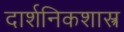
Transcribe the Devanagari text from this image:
दार्शनिकशास्त्र